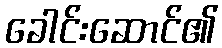
ခေါင်းဆောင်၏